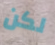
لكن